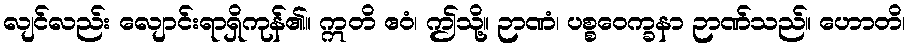
လျင်လည်း လျောင်းရာရှိကုန်၏။ ဣတိ ဧဝံ၊ ဤသို့။ ဉာဏံ၊ ပစ္စဝေက္ခနာ ဉာဏ်သည်။ ဟောတိ၊